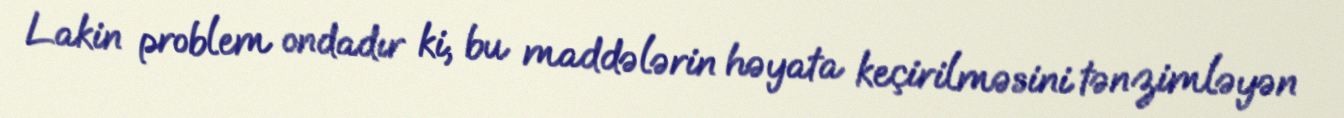
Lakin problem ondadır ki, bu maddələrin həyata keçirilməsini tənzimləyən